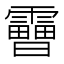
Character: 𩆗